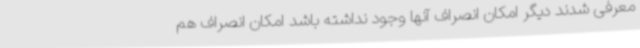
معرفی شدند دیگر امکان انصراف آنها وجود نداشته باشد امکان انصراف هم